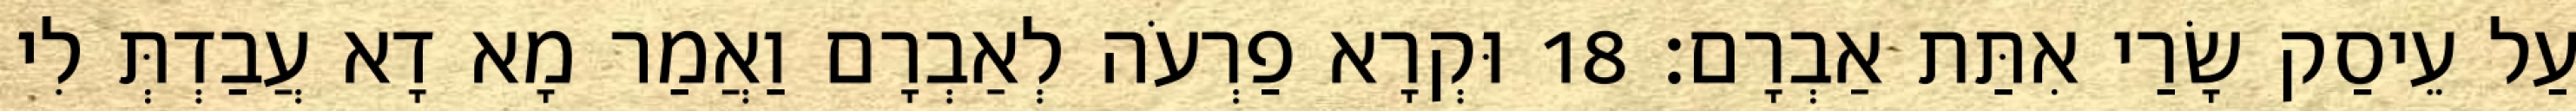
עַל עֵיסַק שָׂרַי אִתַּת אַבְרָם׃ 18 וּקְרָא פַרְעֹה לְאַבְרָם וַאֲמַר מָא דָא עֲבַדְתְּ לִי